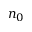
n _ { 0 }